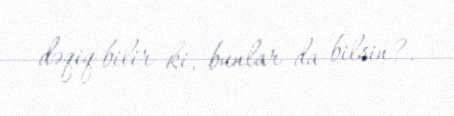
dəqiq bilir ki, bunlar da bilsin?.